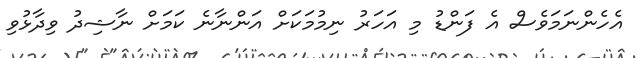
އެހެންނަމަވެސް އެ ފަންޑު މި އަހަރު ނިމުމަކަށް އަންނާނެ ކަމަށް ނާޝިދު ވިދާޅުވި